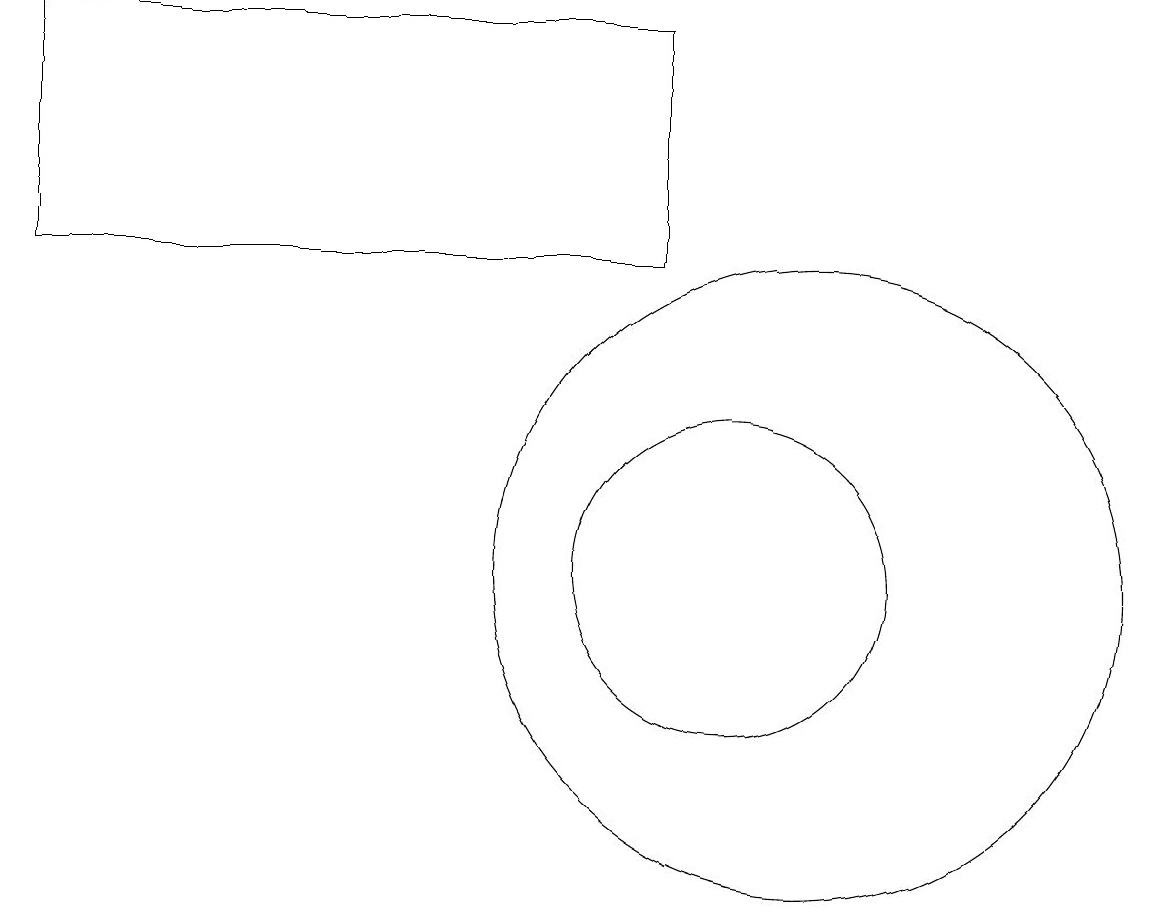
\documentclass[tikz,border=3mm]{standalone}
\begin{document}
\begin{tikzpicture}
\draw (10,11) circle (2);
\draw (11,10) circle (0);
\draw (11,11) circle (4);
\draw (1,15) rectangle (9,18);
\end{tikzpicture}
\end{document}